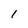
Character: l